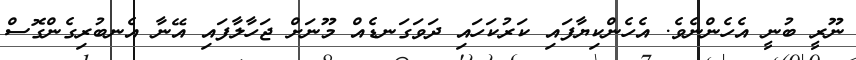
ނޫރީ ބުނީ އެހެންނެވެ. އެހެންކިޔާފައި ކަރުކަހައި ދަވަގަނޑެއް މޫނަށް ޖަހާލާފައި އޭނާ އެނބުރިގެންގޮސް